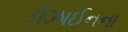
ડીઝાઈનના